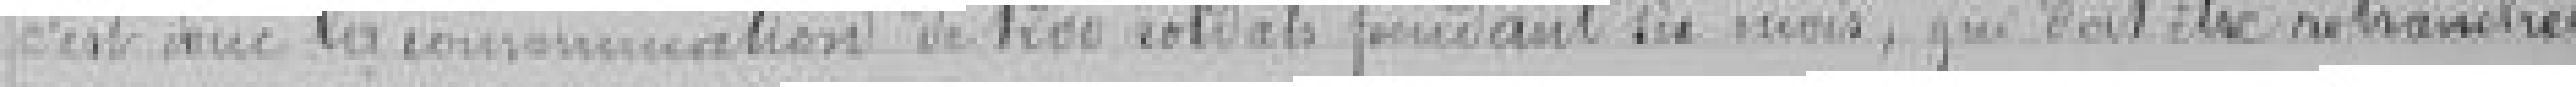
c'est donc la consommation de 1200 soldats pendant six mois, qui doit être retranchée.